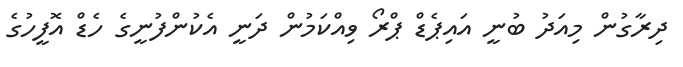
ދިރާގުން މިއަދު ބުނީ އައިޕެޑް ޕްރޯ ވިއްކަމުން ދަނީ އެކުންފުނީގެ ހެޑް އޮފީހުގެ